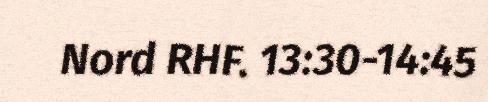
Nord RHF. 13:30-14:45